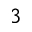
^ 3